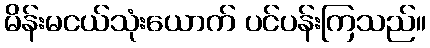
မိန်းမငယ်သုံးယောက် ပင်ပန်းကြသည်။